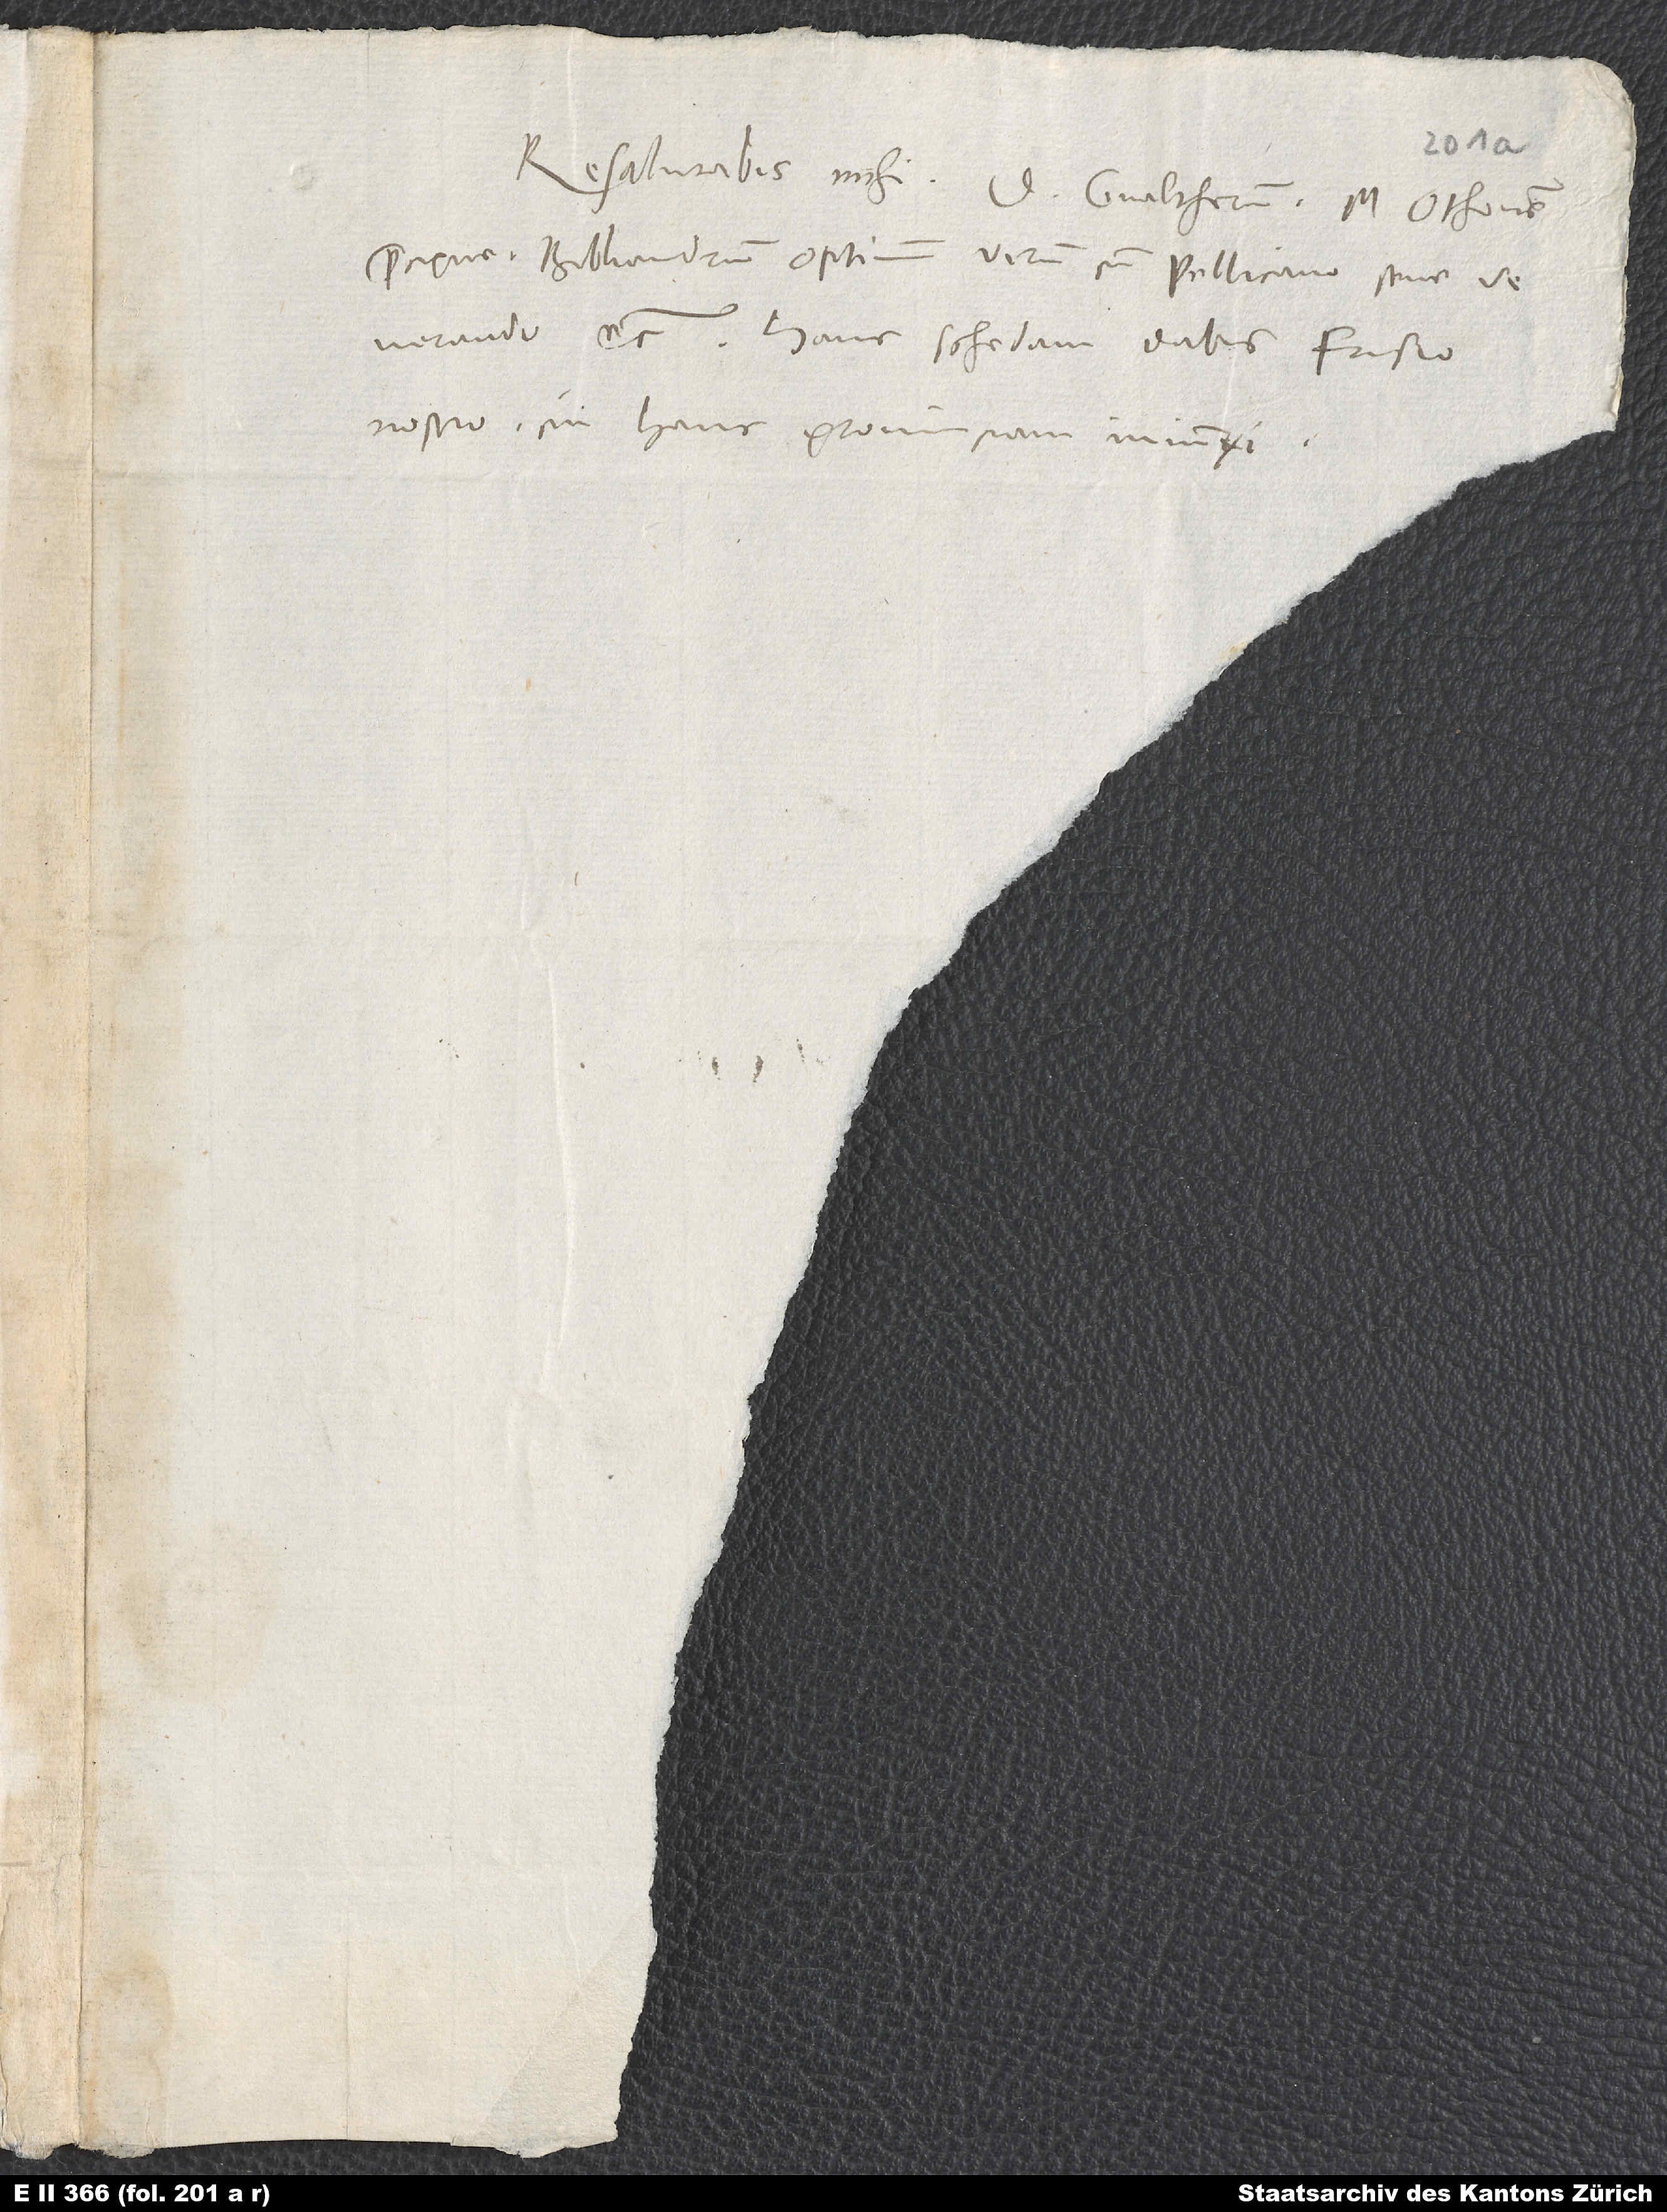
Resalutabis mihi d. Gvaltherum, m. Othonem
praecipue, Bibliandrum, optimum virum, cum Pellicano, sene
venerando, etc. Hanc schedam dabis Frisio
nostro, cui hanc provinciam iniunxi.